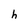
Character: h